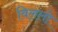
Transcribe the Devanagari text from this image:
विललो